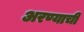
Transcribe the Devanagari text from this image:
अरण्याची